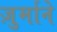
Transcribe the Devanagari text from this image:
ज़ुर्माने